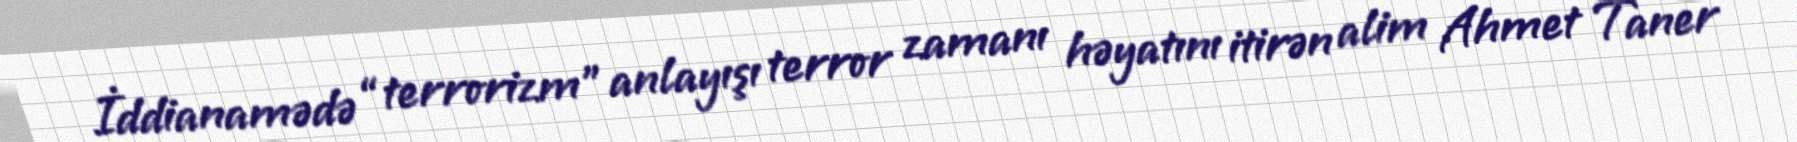
İddianamədə “terrorizm” anlayışı terror zamanı həyatını itirən alim Ahmet Taner